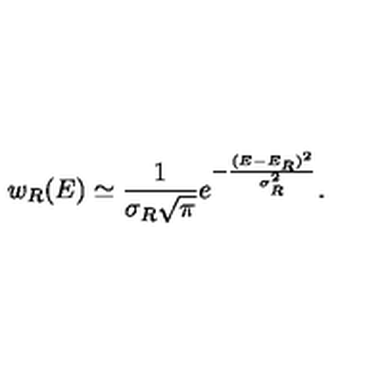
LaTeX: w _ { R } ( E ) \simeq { \frac { 1 } { \sigma _ { R } \sqrt { \pi } } } e ^ { - { \frac { ( E - E _ { R } ) ^ { 2 } } { \sigma _ { R } ^ { 2 } } } } .